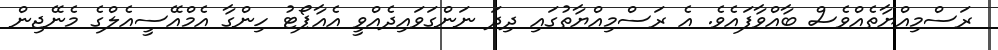
ރަސްމިއްޔާތެއްވެސް ބާއްވާފައެވެ. އެ ރަސްމިއްޔާތުގައި ދިދަ ނަންގަވައިދެއްވީ އެއާޕޯޓު ހިންގާ އެމްއޭސީއެލްގެ މެނޭޖިން